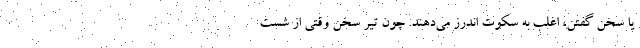
یا سخن گفتن، اغلب به سکوت اندرز می‌دهند. چون تیر سخن وقتی از شست